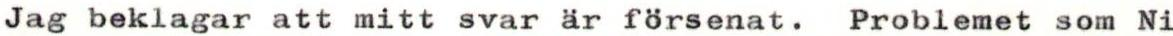
Jag beklagar att mitt svar är försenat. Problemet som Ni